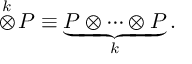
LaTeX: \stackrel { k } { \otimes } \! P \equiv \underbrace { P \otimes \cdots \otimes P } _ { k } .